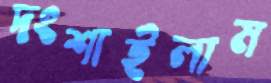
দংশাইলাম